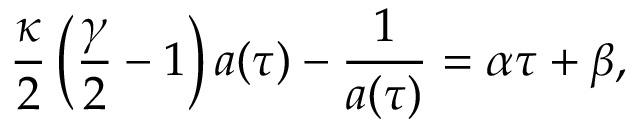
\frac { \kappa } { 2 } \left( \frac { \gamma } { 2 } - 1 \right) a ( \tau ) - \frac { 1 } { a ( \tau ) } = \alpha \tau + \beta ,